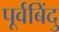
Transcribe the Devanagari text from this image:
पूर्वबिंदु